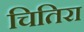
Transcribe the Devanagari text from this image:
चितिरा